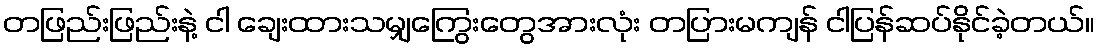
တဖြည်းဖြည်းနဲ့ ငါ ချေးထားသမျှကြွေးတွေအားလုံး တပြားမကျန် ငါပြန်ဆပ်နိုင်ခဲ့တယ်။